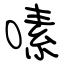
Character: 嗉